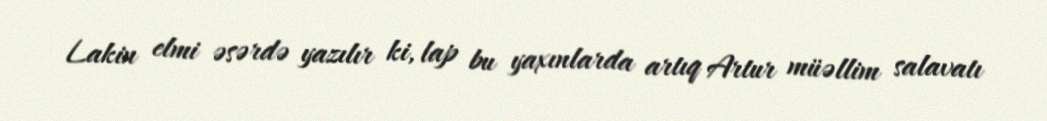
Lakin elmi əsərdə yazılır ki, lap bu yaxınlarda artıq Artur müəllim salavatı